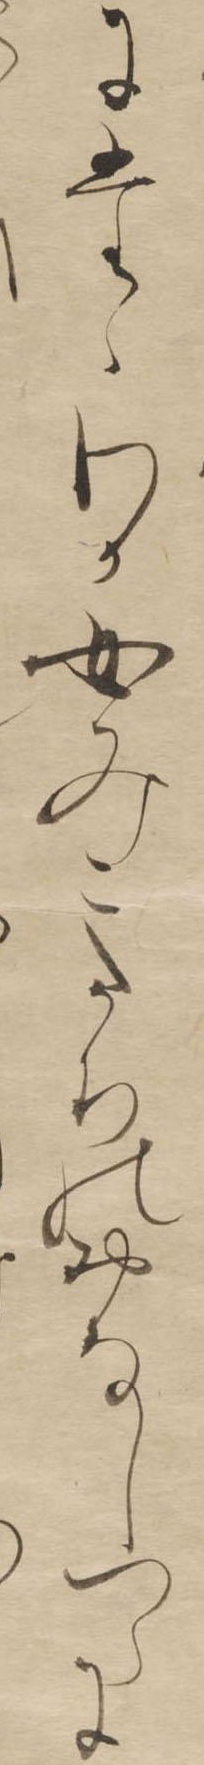
にたゝわか女みこたちのおなしつらに